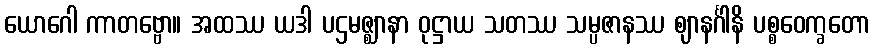
ယောဂေါ ကာတဗ္ဗော။ အထဿ ယဒါ ပဌမဇ္ဈာနာ ဝုဋ္ဌာယ သတဿ သမ္ပဇာနဿ ဈာနင်္ဂါနိ ပစ္စဝေက္ခတော